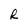
Character: R